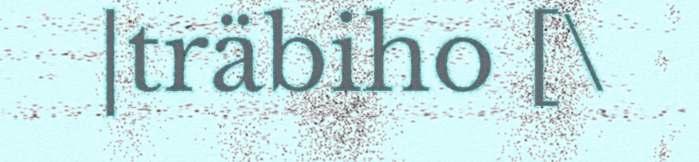
|träbiho [\